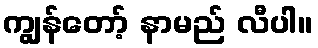
ကျွန်တော့် နာမည် လီပါ။